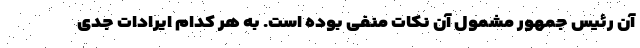
آن رئیس جمهور مشمول آن نکات منفی بوده است. به هر کدام ایرادات جدی